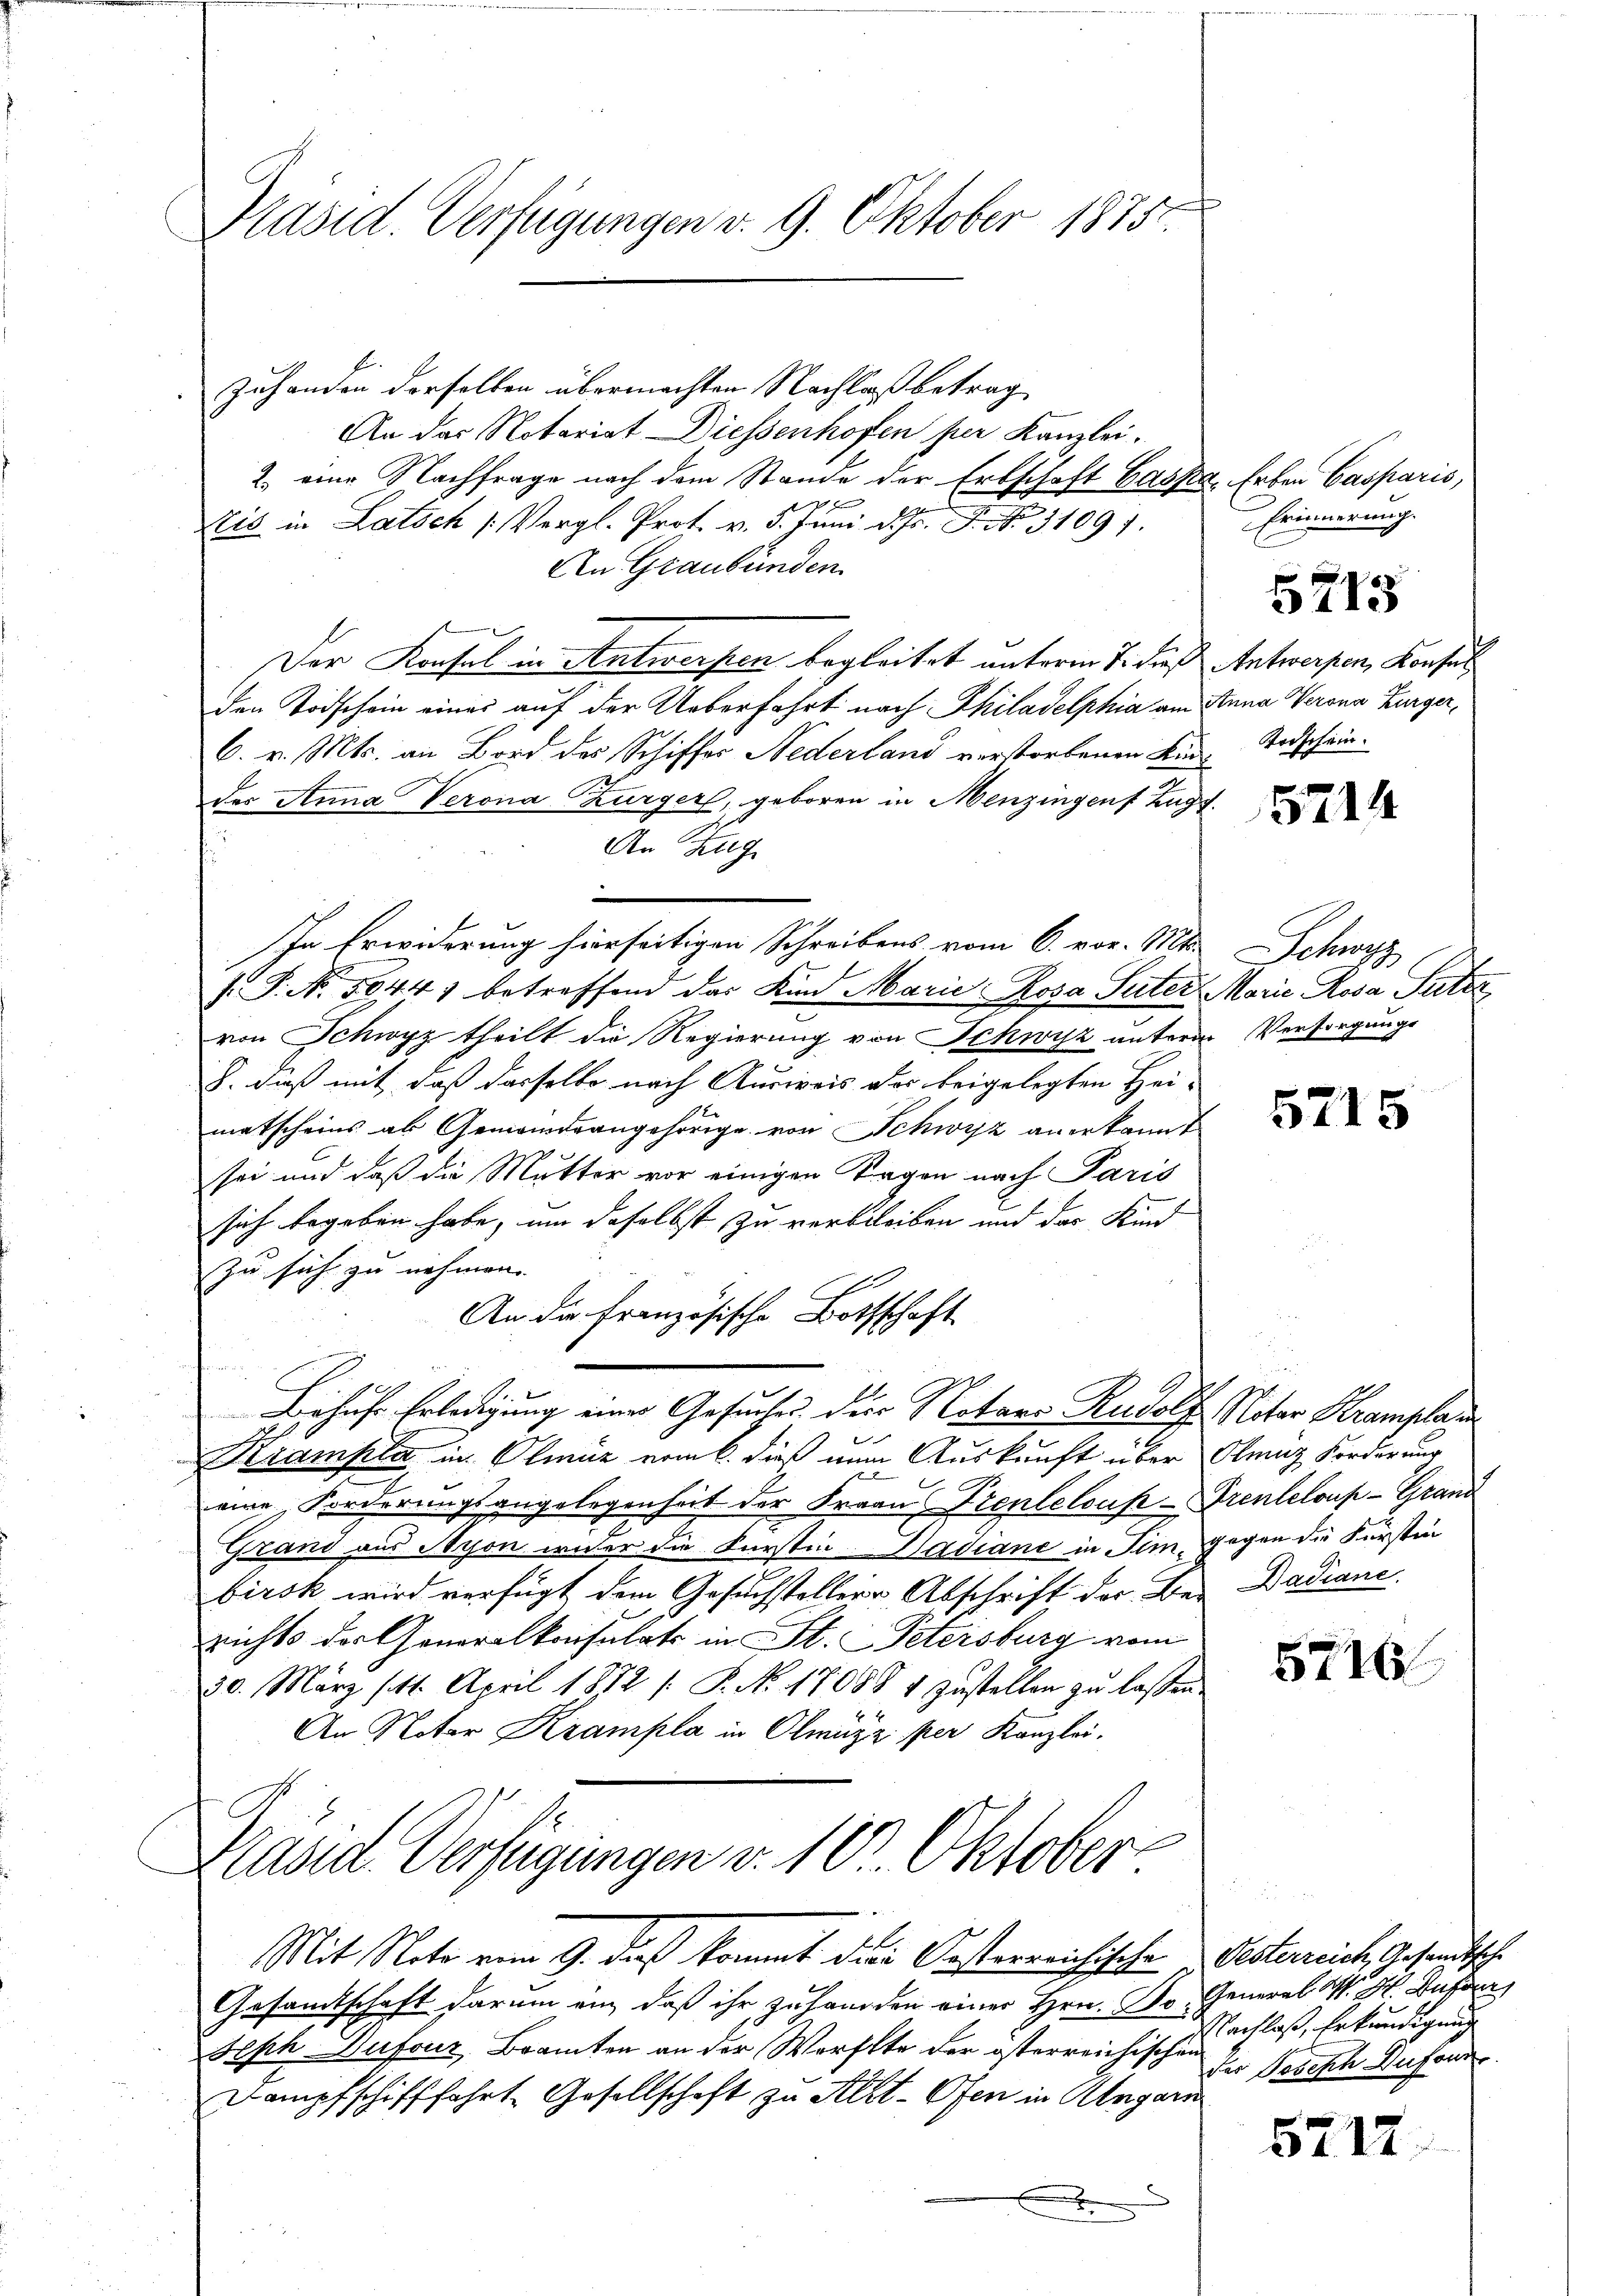
Präsid. Verfügungen v. 9. Oktober 1875.

Zuhanden derselben übermachten Nachlaß betrag
An das Notariat Diessenhofen per Kanzlei-
2. eine Nachfrage nach dem Stande der Erbschaft Gasse. Erben Casparis,
Eis in Latsch (Vergl. Prot. v. 5. Juni d. Js. P. Nr. 31097.
An Graubünden.
Der Konsul in Antwerpen begleitet unterm 7. dieß Antwerpen, Konsul
den Todschein einer auf der Ueberfahrt nach Philadelphia am Anna Verona Burger,
6. v. Mts. an Bord des Schiffes Nederland verstorbenen Kin-
der Anna Verona Zurger, geboren in Menzingen Zugt.
An Zug
In Erwiderung hierseitigen Schreibens vom 6. vor. Mts.
/. P. No. 5044) betreffend das Kind Marie Rosa Suter Marie Rosa Pater
von Schwyz theilt die Regierung von Schwyz unterm Versorgungs
S. dieß mit, daß dasselbe nach Ausweis des beigelegten Hei-
matscheins ab Gemeindrangehörige von Schwyz anerkannt
sei und daß die Mutter vor einigen Tagen nach Paris
sich begeben habe, um daselbst zu verbleiben und das Kind
zu sich zu nehmen. |
An die französische Bothschaft
Behufe Erledigung einer Gesuches der Notars Rudolf Notar Kramplar
Krampla in Olmüz vom 6. dieß nun Auskunft über Obmiz Forderung
eine Forderungsangelegenheit der Frau Prenteloup-Grenteloup-Grand
Grand aus Nyon wider die Kurstin-Hadiane in Sim gegen die Fürstin
birsk wird verfügt dem Gesuchstellern, Abschrift der Berichts der Generalkonsulats in St. Petersburg vom
30. März (11. April 1872 /: P. No. 17088 & Zustellen zu lassen.
An Notor Krampla in Olmütz per Kanzlei.
Präside Verfügungen v. 10 Oktober
E
Mit Note vom 9. daß kommt die Oesterreichische Oesterreich, Gesandtsche
Gesandtschaft darum an, daß ihr zu handen einer Hrn. So General W. H. Auf
Seph-Dufour Beamten an der Worfte der österreichischen
Dampfschifffahrt. Gesellschaft zu Alt-Ofen in Angari
¬
A

Erinnerung.

5715

Koischein.

5714

Schwyz

5715

Dadiane.

5716

Nachlaß, Erkundigung
des Joseph Dufour

5712.